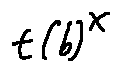
t ( b ) ^ { X }